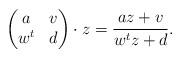
LaTeX: \begin{align*} \begin{pmatrix} a & v \\ w^t & d \end{pmatrix}\cdot z = \frac{az+v}{w^t z + d}.\end{align*}